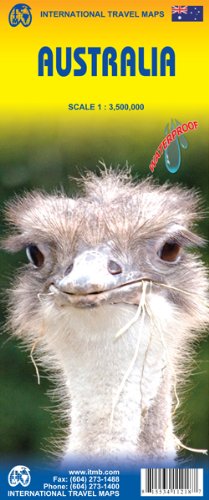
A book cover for Australia 1:3,500,000 Travel Map 2011*** (International Travel Maps); ITMB Canada; Travel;